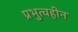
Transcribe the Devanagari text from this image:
प्रभुत्वहीन